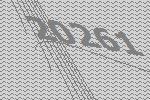
20261